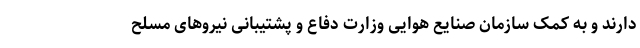
دارند و به کمک سازمان صنایع هوایی وزارت دفاع و پشتیبانی نیروهای مسلح